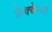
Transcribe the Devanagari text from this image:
फ्रेक्वेन्सी